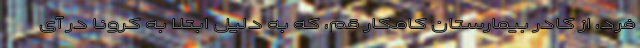
فرد، از کادر بیمارستان کامکار قم، که به دلیل ابتلا به کرونا در آی